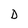
Character: D